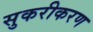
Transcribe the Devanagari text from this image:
सुकरीकरण